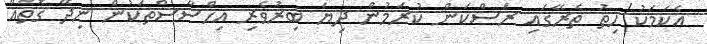
އެކަމަކު ހިތު ތެރޭގައި ރަސްކަން ކުރަމުން ދިޔަ ބިރުވެރި އިހްސާސްތަކުން ނިދޭ ގޮތެއް